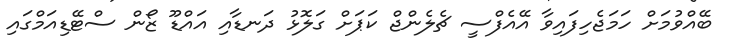
ބޭއްވުމަށް ހަމަޖެހިފައިވާ އޭއެފްސީ ޗެލެންޖް ކަޕަށް ގަލޮޅު ދަނޑާއި އައްޑޫ ޒޯން ސްޓޭޑިއަމްގައި